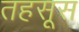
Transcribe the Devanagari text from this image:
तहसूस